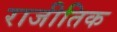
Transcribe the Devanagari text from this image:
राजीतिक